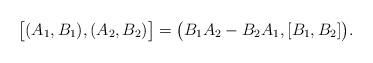
LaTeX: \begin{align*} \big[(A_1,B_1),(A_2,B_2)\big]=\big(B_1A_2-B_2A_1,[B_1,B_2]\big).\end{align*}